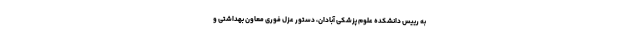
به رییس دانشکده علوم پزشکی آبادان، دستور عزل فوری معاون بهداشتی و